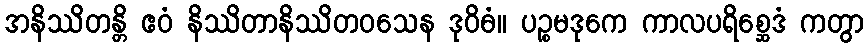
အနိဿိတန္တိ ဧဝံ နိဿိတာနိဿိတဝသေန ဒုဝိဓံ။ ပဉ္စမဒုကေ ကာလပရိစ္ဆေဒံ ကတွာ